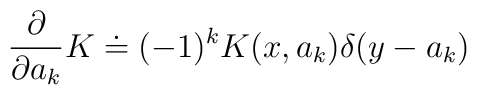
{\partial\over\partial a_k} K\doteq (-1)^k K(x,a_k)\delta(y-a_k)